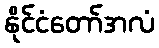
နိုင်ငံတော်အလံ